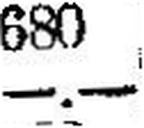
—.—